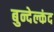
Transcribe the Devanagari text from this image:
बुन्देल्कंद